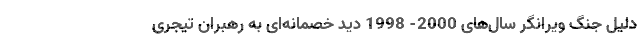
دلیل جنگ ویرانگر سال‌های 2000- 1998 دید خصمانه‌ای به رهبران تیجری